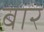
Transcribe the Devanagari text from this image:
बारं